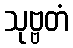
သုဗ္ဗတံ